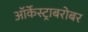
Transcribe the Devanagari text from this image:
ऑर्केस्ट्राबरोबर